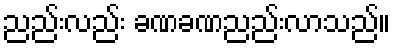
ညည်းလည်း ခဏခဏညည်းလာသည်။